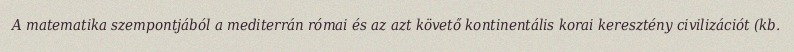
A matematika szempontjából a mediterrán római és az azt követő kontinentális korai keresztény civilizációt (kb.